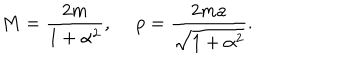
LaTeX: M = { \frac { 2 m } { 1 + \alpha ^ { 2 } } } , \ p = { \frac { 2 m a } { \sqrt { 1 + \alpha ^ { 2 } } } } .